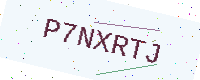
Text: P7NXRTJ